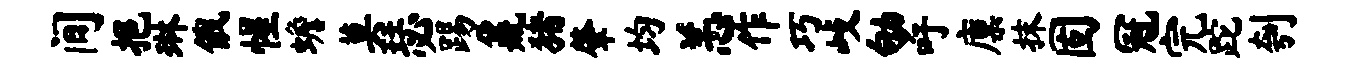
间挹琳俄惺蟾莫瑟踢鼐猪肇均恙作巧歧劬吁廪抹固冠完跎刳